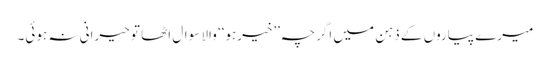
میرے پیاروں کے ذہن میں اگرچہ ’’خیرہو‘‘ والا سوال اٹھا تو حیرانی نہ ہوئی۔